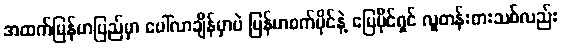
အထက်မြန်မာပြည်မှာ ပေါ်လာချိန်မှာပဲ မြန်မာစက်ပိုင်နဲ့ မြေပိုင်ရှင် လူတန်းစားသစ်လည်း